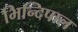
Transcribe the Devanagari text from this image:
भिन्दिपाल